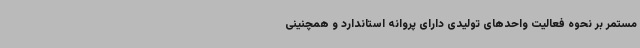
مستمر بر نحوه فعالیت واحدهای تولیدی دارای پروانه استاندارد و همچنینی